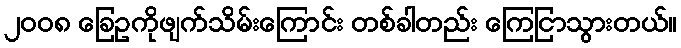
၂၀၀၈ ခြေဥကိုဖျက်သိမ်းကြောင်း တစ်ခါတည်း ကြေငြာသွားတယ်။